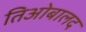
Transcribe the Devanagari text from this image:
तिओबालद